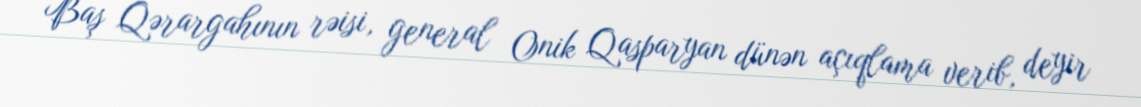
Baş Qərargahının rəisi, general Onik Qasparyan dünən açıqlama verib, deyir